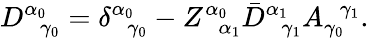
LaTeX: D_{\; \; \gamma_{0}}^{\alpha_{0}}=\delta_{\; \; \gamma_{0}}^{\alpha_{0}}-Z_{\; \; \alpha_{1}}^{\alpha_{0}}\bar{D}_{\; \; \gamma_{1}}^{\alpha_{1}}A_{\gamma_{0}}^{\; \; \gamma_{1}}.